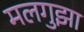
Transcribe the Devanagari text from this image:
मलगुझा